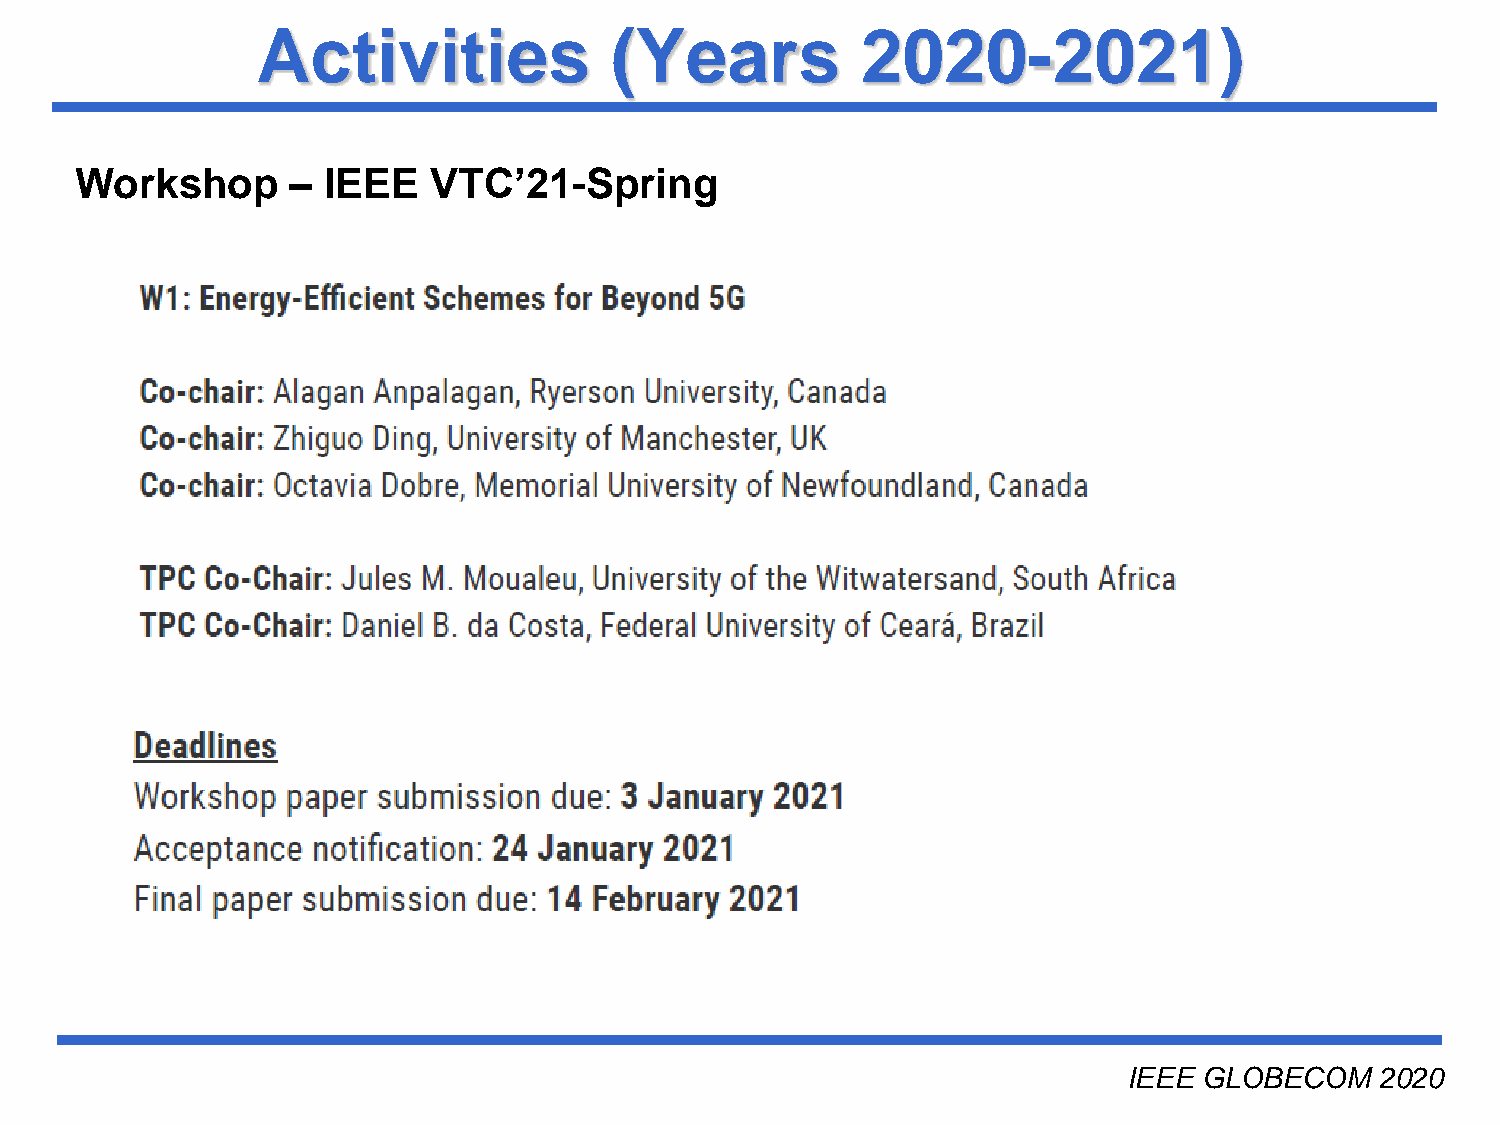
Activities             (Years           2020-2021)
 Workshop      – IEEE    VTC’21-Spring
 Université du Québec
 IEEE GLOBECOM   2020
 INRS-EMT